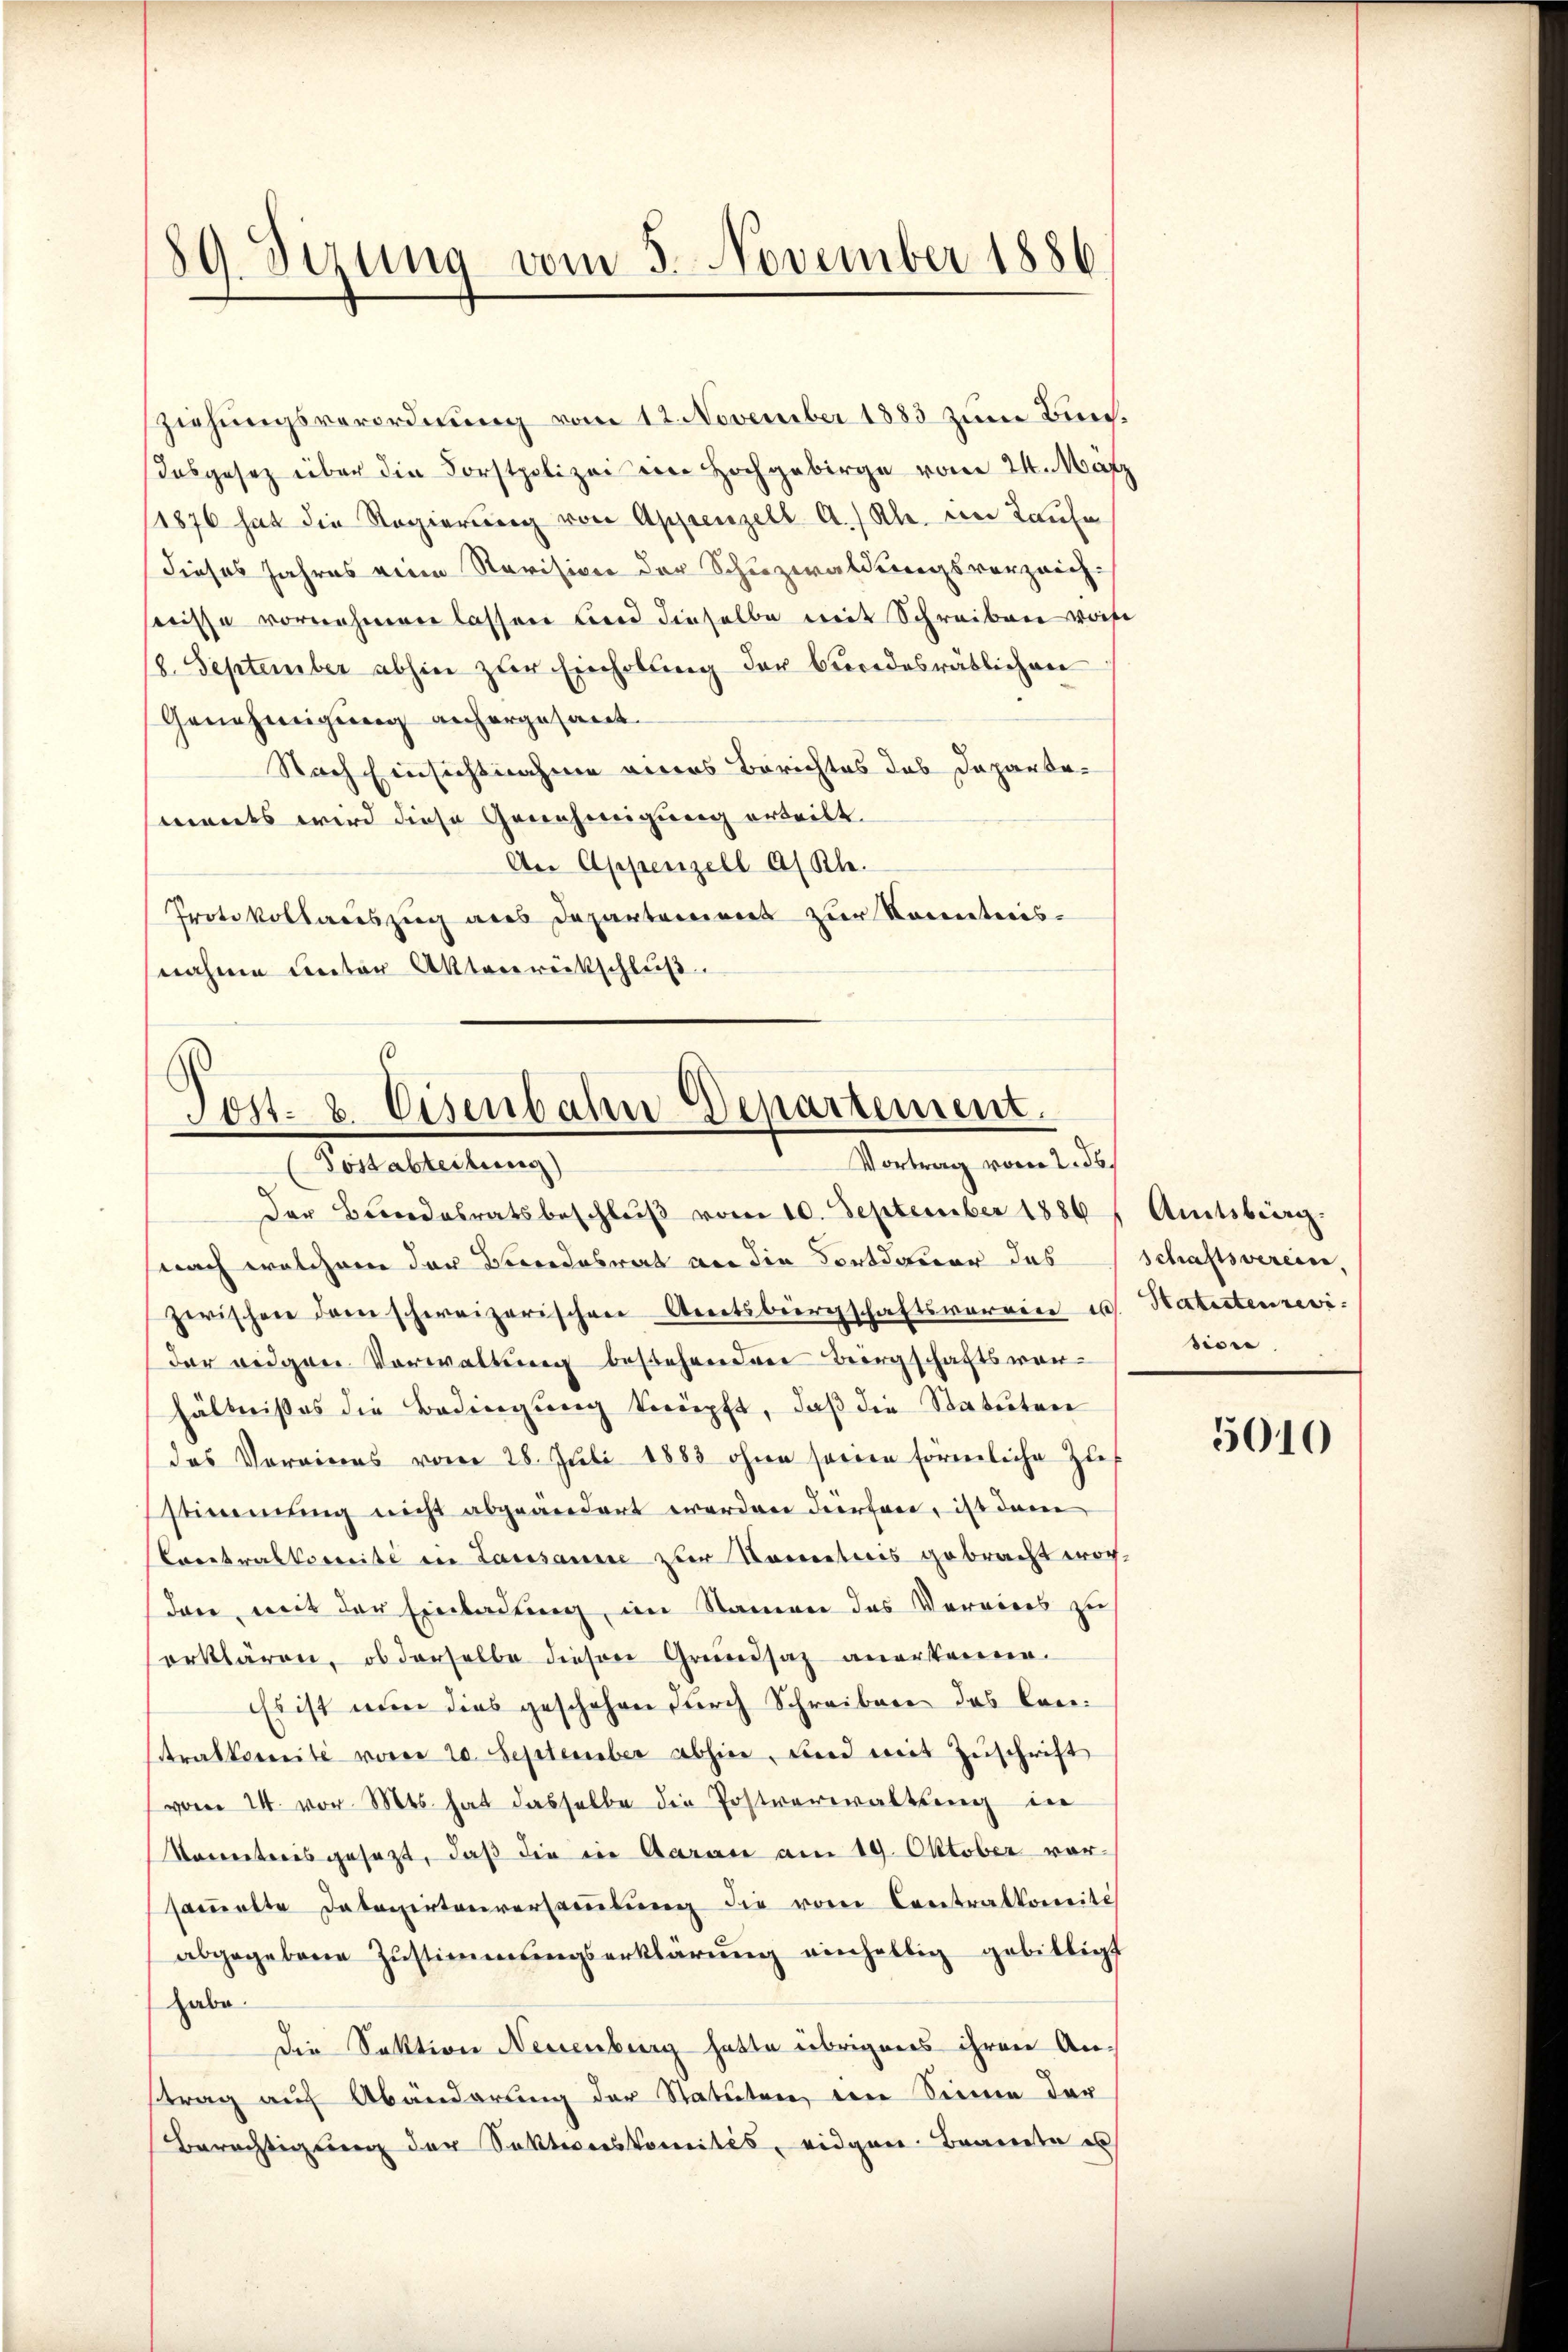
ziehungsverordnung vom 12. November 1883 zum Bun¬
Dasgesetz über die Forstpolizei ein Hochgebirge vom 24. März
11876 hat die Regierŭng von Appenzell A.) Al. im Taufe
dieses Jahres eine Revision der Schuzwaldungsverzeich-
nisse vornehmen lassen und dieselbe mit Schreiben weise
18. September abhin zur Einholung der bundesrätlichen
Genehmigung anhergesant.
Nach Einsichtnahme eines Berichtes das Departements wird diese Genehmigung erteilt.
An Appenzell af Kl.
Protokollauszug aus Departeniret zur Kometries-
nahme unter Aktenrückschluß.

¬
89. Sizung vom 5. November 1886

.
Post- & Eisenbahn Departement.
Vortrag vom 2. ds.
Pestatteilung

Der Bundesratsbeschluß vom 10. September 1886
nach welchem der Verdosrat an die Fortdauer das
zwischen dem schweizerischen Amtsbürgschaftsvereine u. Statuteurevi-
der eidgen Vorwaltung bestehenden Bergschaftsverhältnißes die Bedingung knüpft, daß die Statuten
das Vereines vom 28. Juli 1883 ohne seien förmliche Zieh
stimmung nicht abgeändert werden dürfene, ist dann
Contralkomite in Lausanne zur Namenticis gebracht worden, mit der Einladung, im Namen das Verviers zu
erklären, ob derselbe diesen Grundsaz anerkenne.
Es ist nun dies geschehen durch Schreiben das Conralternité vom 20. September abhin, und mit Zuschrift
vom 14. vor. Mts. hat dasselbe die Postverwaltung in
Vocereteris gesezt, daß die in Aarau am 19. Oktober vor
saṁelte Datenirtenversaṁlŭng die vom Contralkomité
abgegebene Zŭstimmungserklärŭng einhellig gebilligt
habe.
die Sektion Neuenburg hatte übrigens ihren Anstrag auf Abänderung der Statuten, den Sinne der
Berechtigung der Sektionskomités, eidgen. Brande es

Amtsbürg.
schaftsverein,
dione

5010